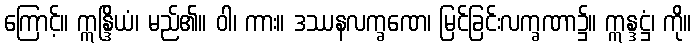
ကြောင့်။ ဣန္ဒြိယံ၊ မည်၏။ ဝါ၊ ကား။ ဒဿနလက္ခဏေ၊ မြင်ခြင်းလက္ခဏာ၌။ ဣန္ဒဋ္ဌံ၊ ကို။